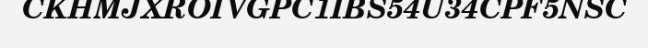
CKHMJXROIVGPC1IBS54U34CPF5NSC